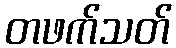
တဖက်သတ်